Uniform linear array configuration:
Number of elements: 16
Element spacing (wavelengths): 0.25
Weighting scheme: hann
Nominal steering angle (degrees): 45
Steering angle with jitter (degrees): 43.195
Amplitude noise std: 0.05
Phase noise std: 0.05

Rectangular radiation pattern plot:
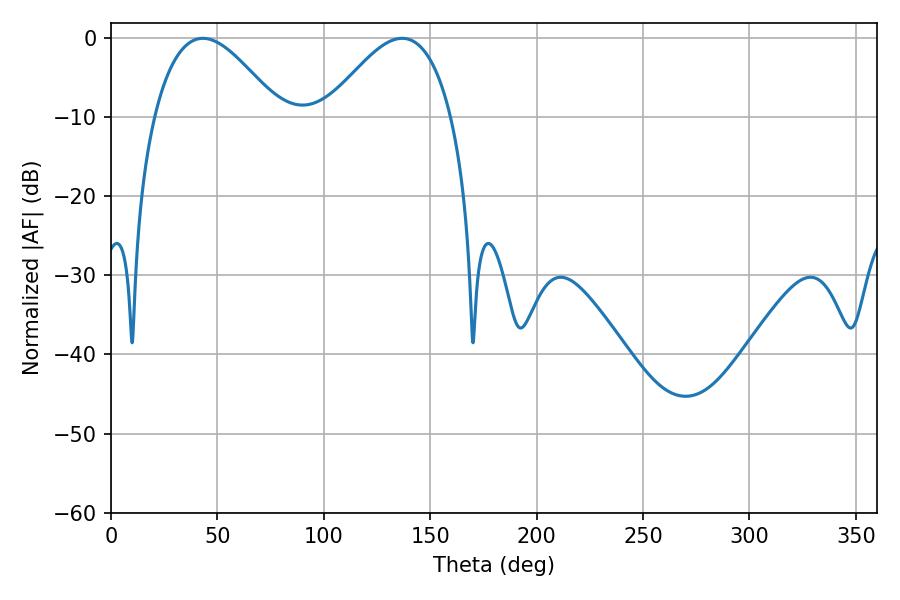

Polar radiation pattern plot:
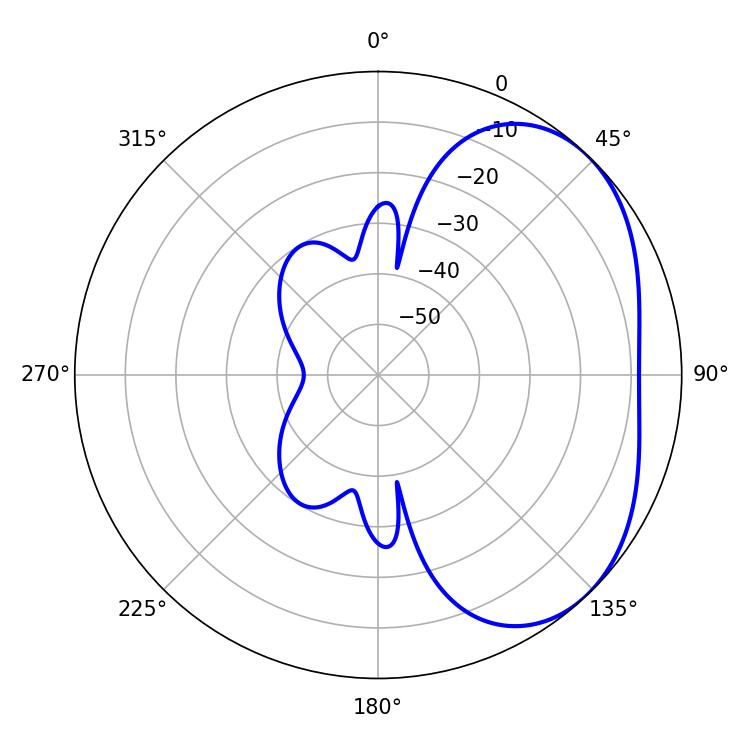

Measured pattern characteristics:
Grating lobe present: FALSE
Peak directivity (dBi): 3.449
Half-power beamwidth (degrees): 31.86
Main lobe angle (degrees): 43.2